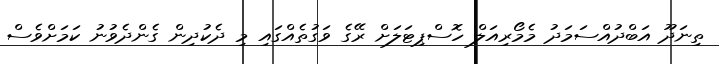
ތިނަދޫ އަބްދުއްސަމަދު މެމޯރިއަލް ހޮސްޕިޓަލަށް ރޭގެ ވަގުތެއްގައި މި ދެކުދިން ގެންދެވުނު ކަމަށްވެސް